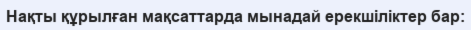
Нақты құрылған мақсаттарда мынадай ерекшіліктер бар: